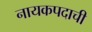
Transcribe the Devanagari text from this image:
नायकपदाची